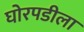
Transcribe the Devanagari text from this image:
घोरपडीला